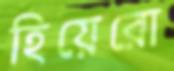
হিয়েরো